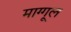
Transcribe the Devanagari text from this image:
माग्गूल